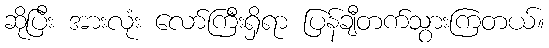
ဆိုပြီး အားလုံး လော်ကြီးရှိရာ ပြန်ချီတက်သွားကြတယ်။